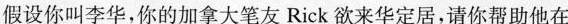
假设你叫李华，你的加拿大笔友Rick欲来华定居，请你帮助他在